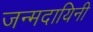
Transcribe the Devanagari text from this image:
जन्मदायिनी